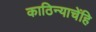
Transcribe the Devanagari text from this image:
काठिन्याचेंहि